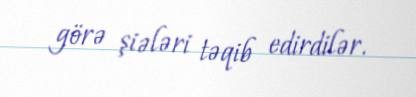
görə şiələri təqib edirdilər.